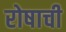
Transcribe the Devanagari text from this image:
रोषाची